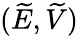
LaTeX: (\widetilde E,\widetilde V)